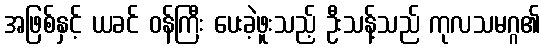
အဖြစ်နှင့် ယခင် ဝန်ကြီး ပေးခဲ့ဖူးသည့် ဦးသန့်သည် ကုလသမဂ္ဂ၏